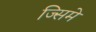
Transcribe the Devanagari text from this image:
ज्सिमे